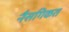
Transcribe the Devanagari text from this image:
नैसगिकत